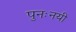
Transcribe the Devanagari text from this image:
पुनःनयी